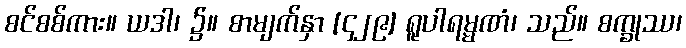
စင်စစ်ကား။ ယဒါ၊ ၌။ စာမျက်နှာ [၄၂၉] ရူပါရမ္မဏံ၊ သည်။ စက္ခုဿ၊